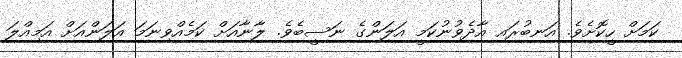
ކަމަށް ހީކޮށެވެ. އަނބުރައި އާދެވުނުކަމީ އަލަންގެ ނަސީބެވެ. ލާނާއަށް ކަމެއްވިނަމަ އަލަންއަށް އަމިއްލަ